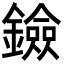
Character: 鐱